Leprosy in India: report of the Leprosy Commission in India, 1890-91
Year: 1890
Disease focus: Leprosy
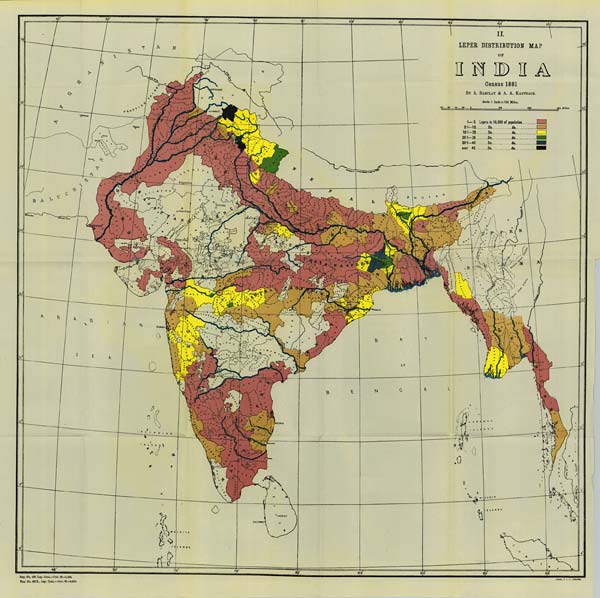
Reg. No. 493, Lep. Com.—Feb. 92.—1,004.
Reg. No. 420 R., Lep. Com.—Oct. 92.—1,415.
Photo., S. I. O., Calcutta.